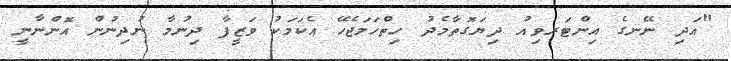
"އަދި ނޭނގެ އިންޓަރވިއު ދިޔަގޮތާމެދު ހިތްހަމަޖެހޭ އެކަމަކު ވަޒީފާ ދިނުމާ ނުދިނުން އޮންނާނީ